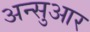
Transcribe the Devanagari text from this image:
अन्सुआर